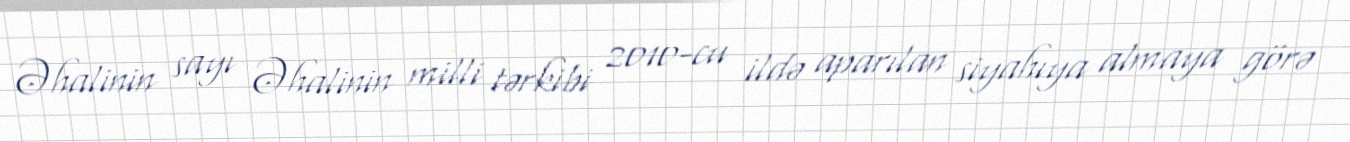
Əhalinin sayı Əhalinin milli tərkibi 2010-cu ildə aparılan siyahıya almaya görə